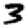
Digit: 3